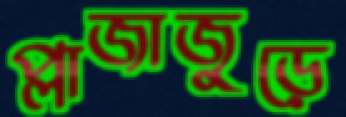
প্লাজাজুড়ে